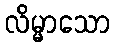
လိမ္မာသော